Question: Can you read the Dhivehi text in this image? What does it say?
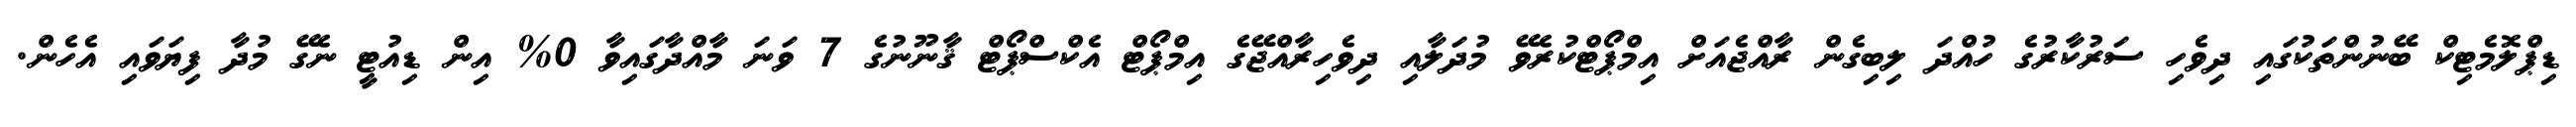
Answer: ޑިޕްލޮމެޓިކް ބޭނުންތަކުގައި ދިވެހި ސަރުކާރުގެ ހުއްދަ ލިބިގެން ރާއްޖެއަށް އިމްޕޯޓްކުރެވޭ މުދަލާއި ދިވެހިރާއްޖޭގެ އިމްޕޯޓް އެކްސްޕޯޓް ޤާނޫނުގެ 7 ވަނަ މާއްދާގައިވާ 0% އިން ޑިއުޓީ ނެގޭ މުދާ ފިޔަވައި އެހެން.